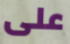
على